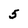
Character: 5